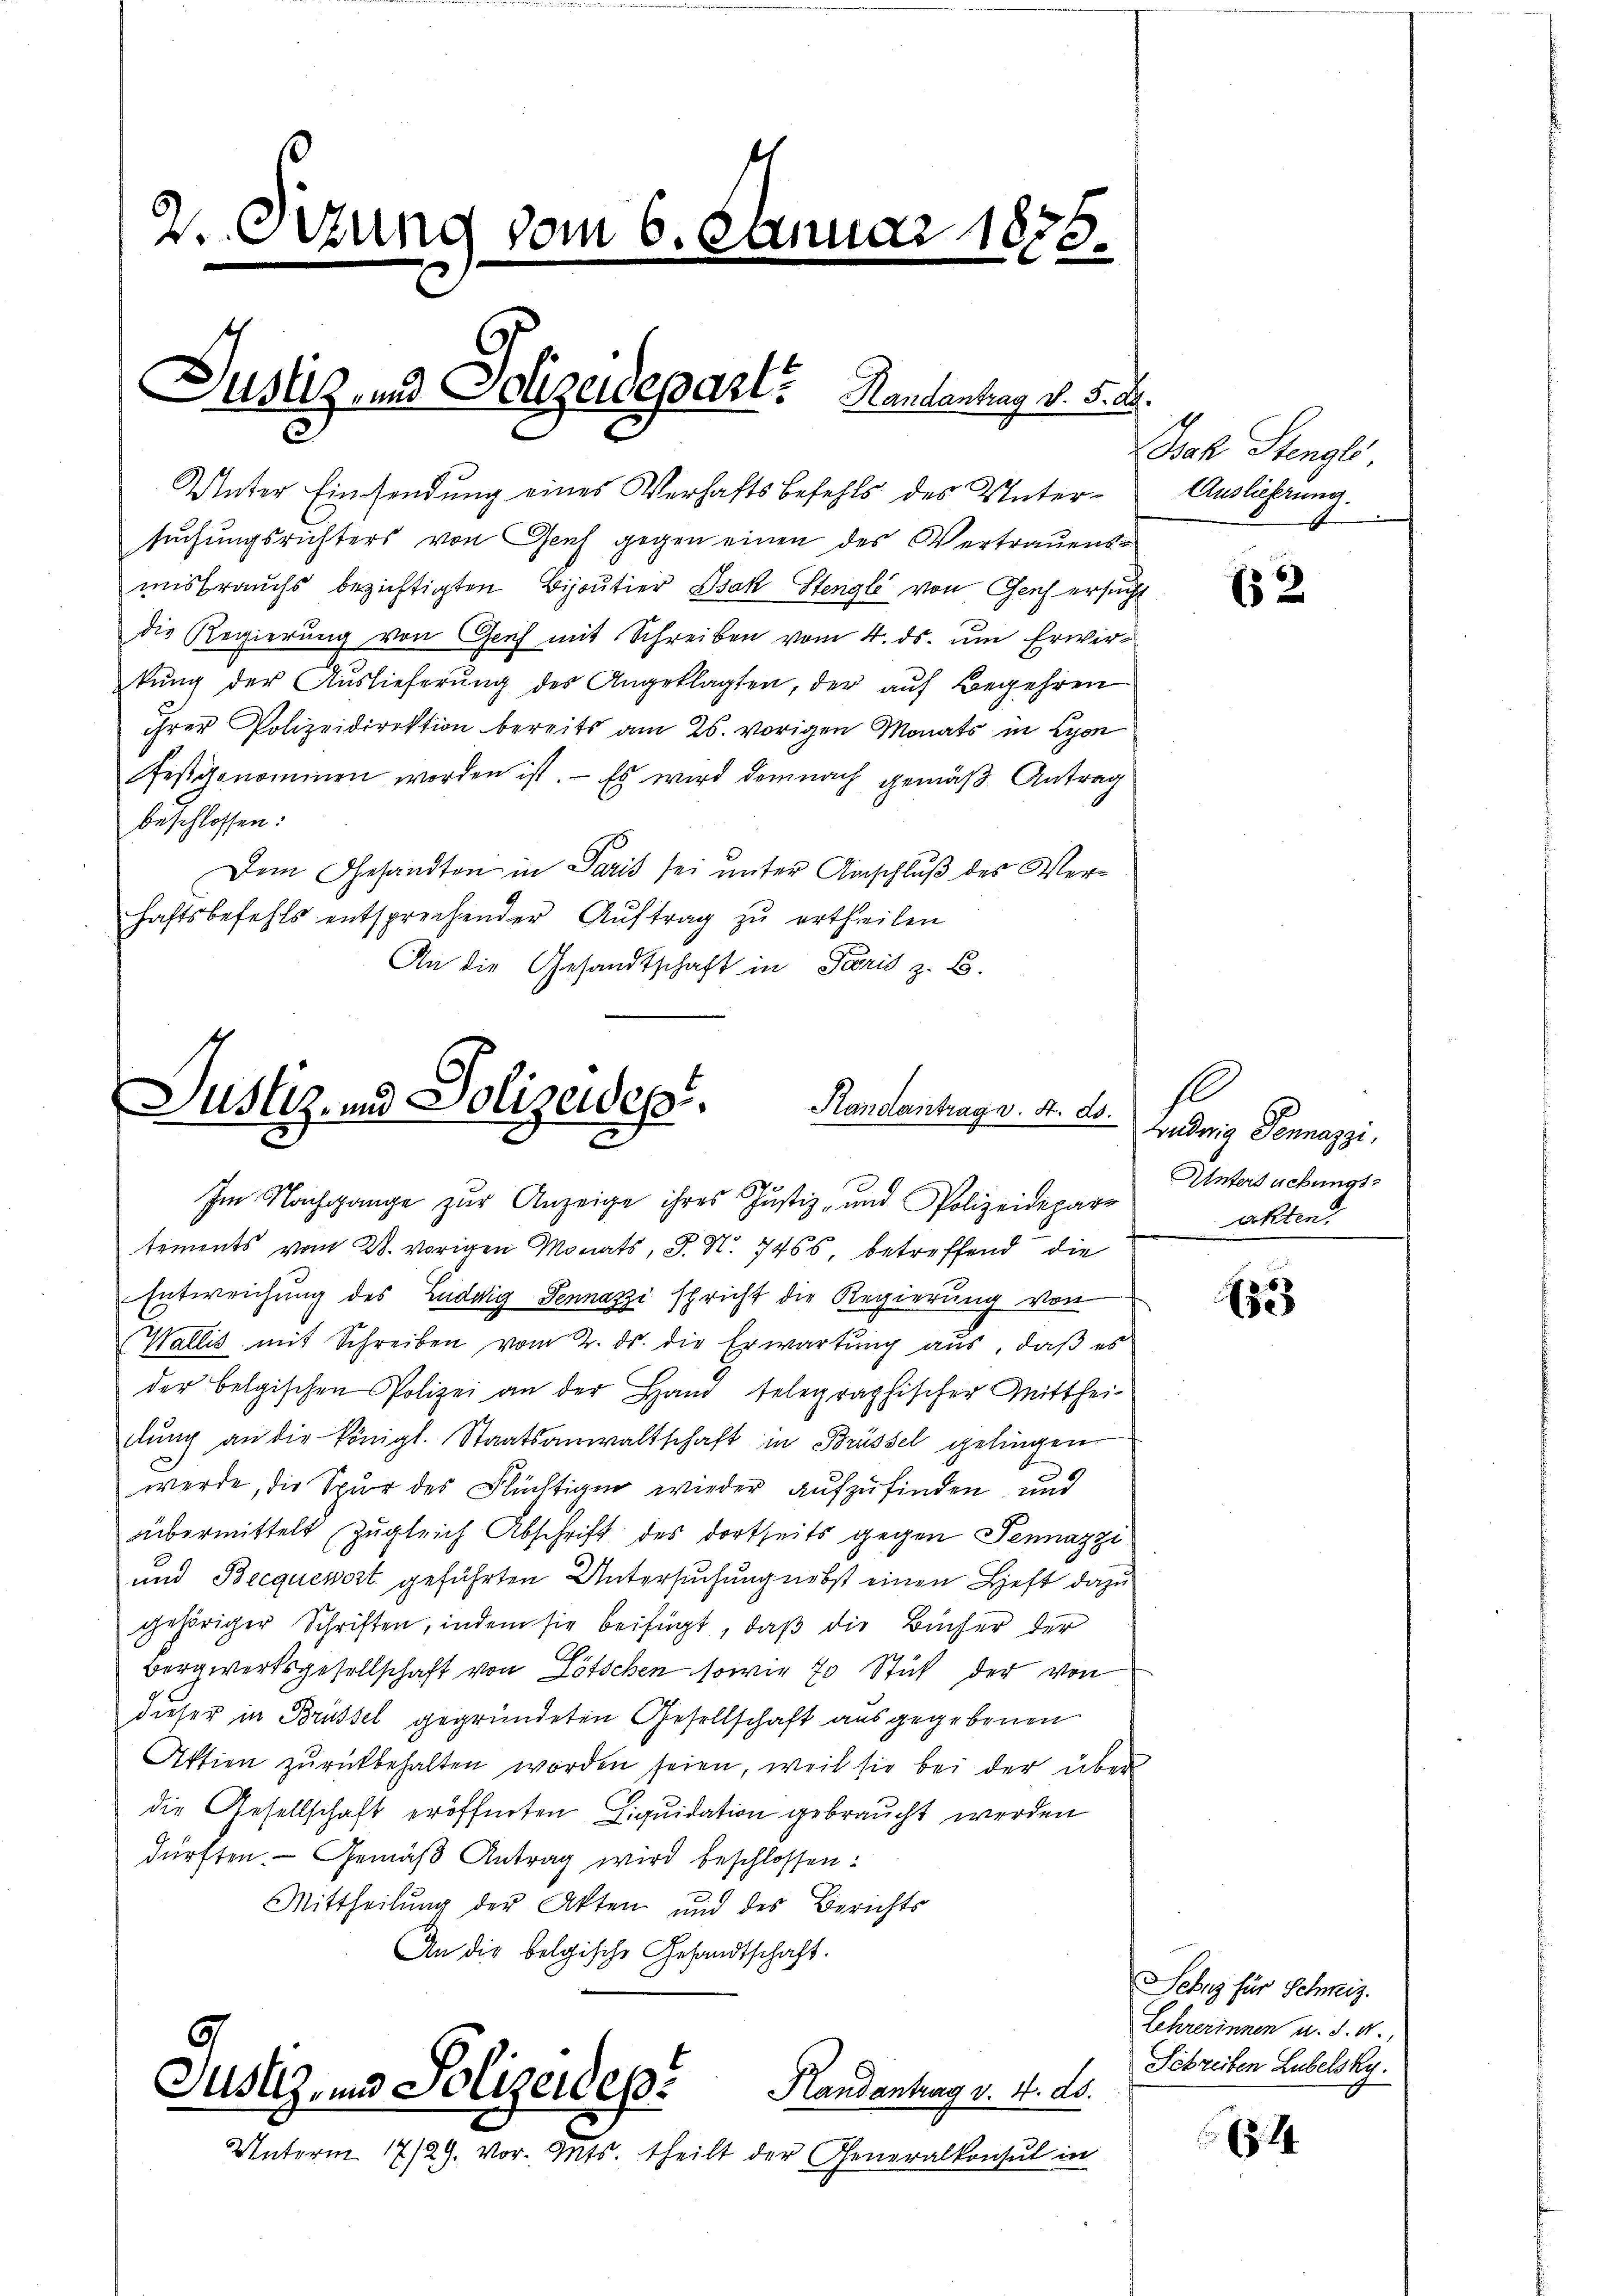
2. Sizung vom 6. Januar 1875.

Unter Einsendung eines Verhaftsbefehls des Untersuchungsrichters von Genf gegen einen des Vertrauens
misbrauchs bezichtigten Bijoutier Isak Stengle von Genf ersucht
die Regierung von Genf mit Schreiben vom 4. ds. um Erwirkŭng der Auslieferŭng des Angeklagten, der auf Begehren
ihrer Polizeidirektion bereits am 26. vorigen Monats in Lyon
festgenominen worden ist. - Es wird demnach gemäß Antrag
beschlossen:
Dem Gesandten in Paris sei unter Anschluß des Verhaftsbefehls entsprechender Auftrag zu ertheilen
An die Gesandtschaft in Paris z. B.

Justiz und Polizeidepart. Handantrag v. 5. 28.

Justiz- und Polizeides Randantrage. 4. ds.
Im Nachgange zur Anzeige ihres Justiz- und Polizeideparr

tements vom 28. vorigen Monats, J. N. 7465, betreffend die
Entweichung des Ludwig Dennazzi spricht die Regierung von
Wallis mit Schreiben vom 2. ds. die Erwartung aus, daß es
der belgischen Polizei an der Hand telegraphischer Mitthei-
dlung an die königl. Staatsanwaltschaft in Brüssel gelingen
werde, die Spur des Flüchtigen wieder aufzufinden und
übermittelt zugleich Abschrift des dortseits gegen Pennazzi
und Becquerort geführten Untersuchung nebst einen Heft dazu
gehöriger Schriften, indem sie beifügt, daß die Bücher der
Bergwertsgesellschaft von Lötschen sowie 70 Stück der von
dieser in Brüssel gegründeten Gesellschaft ausgegebenen
Aktien zurückbehalten worden seien, weil sie bei der über
die Gesellschaft eröffneten Liquidation gebraucht werden
dürften. Gemäβ Antrag wird beschlossen:
Mittheilung der Akten und des Berichts
An die belgische Gesandtschaft.

Justiz- und Polizeidep. Randantrag v. 4. ds.

Unterm 17/29. vor. Mts. theilt der Generalkonsul in

sak Stengli
Auslieferung.

(52

he
wudwig Pennazzi,
Untersuchungs-
akten

1525

Sehns für Schweiz.
Lehrerinnen u. d. 4.
Schreiben Lubelsky.

34